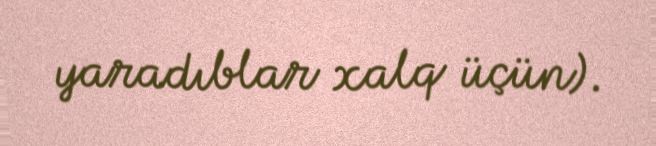
yaradıblar xalq üçün).